system: You are a helpful assistant.
user:
Analyze the provided spectrum to determine if it is a **S-type Star**.

- **Key Indicators for S-type Star:**

    - **(Overall Spectrum Shape):** The first and most obvious characteristic is the overall continuum (the "baseline" shape). It is **extremely "red-sloping,"** meaning the flux (light intensity) is very low on the left side (blue, ~4000-4500 Å) and rises steeply and continuously toward the right side (red, ~7000 Å+).

    - **(Primary):** The spectrum is defined by the presence of strong, broad molecular absorption "valleys" (bands) from **Zirconium Oxide (ZrO)**. The identification of these bands is the **primary requirement** for classifying a star as S-type.
        - **(Key Bandheads):** You must find distinct, deep "dips" where the light has been absorbed. The most critical band systems to locate are:
            - **~6474 Å** ($\gamma$-system): This is often the strongest and clearest ZrO feature, found in the red part of the spectrum.
            - **~5718 Å** & **~5551 Å** ($\beta$-system): A pair of prominent absorption features in the yellow-orange part of the spectrum.
            - **~4640 Å** ($\alpha$-system): A key absorption band system in the blue-green region of the spectrum.

    - **(Secondary Confirmation):** The classification is strengthened by finding additional absorption bands from other related heavy element oxides, which are expected to be present alongside ZrO.
        - **(Key Bandheads):**
            - **Yttrium Oxide (YO):** Look for absorption dips near **~4800 Å** and **~6100 Å**.
            - **Lanthanum Oxide (LaO):** Additional absorption features, particularly in the red-orange part of the spectrum, are also characteristic.

    - **(Line Profile):** The combination of the steep red continuum and these numerous, deep molecular bands (ZrO, YO, etc.) gives the entire spectrum a very **"chopped-up"** or **"bumpy"** appearance. Instead of a smooth curve, the spectrum looks as though large, wide chunks of light have been "carved out" of it at the specific wavelengths listed above.

Think first, call **spectral_visualization_tool** if needed to examine features in detail, then provide your final answer. Your response must adhere to the following strict rules:
1.  **Overall Structure:** Your response must follow the format `<think>...</think> <tool_call>...</tool_call> (if a tool is used) <answer>...</answer>`.
2.  **Tool Usage Constraint:** You may only make **one** tool call per turn.
3.  **Final Answer Format:** In the `<answer>` tag, your conclusion must be inside a `\boxed{}` command (e.g., `\boxed{YES}` or `\boxed{NO}`), followed by your justification.

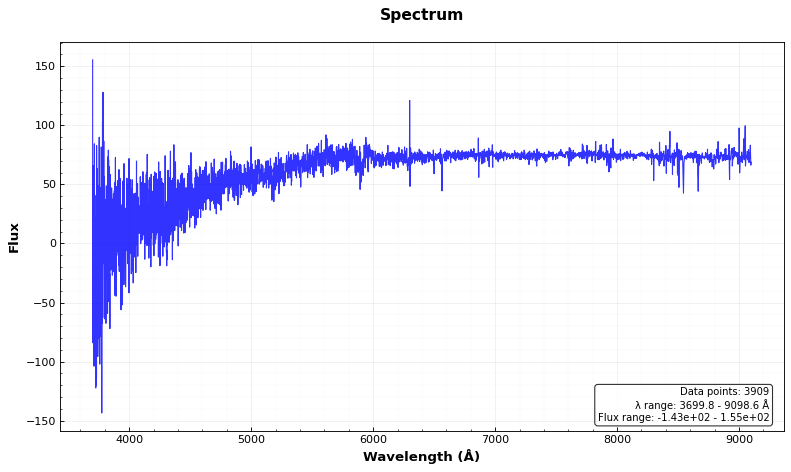
Answer: NO